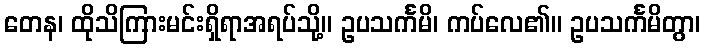
တေန၊ ထိုသိကြားမင်းရှိရာအရပ်သို့။ ဥပသင်္ကမိ၊ ကပ်လေ၏။ ဥပသင်္ကမိတွာ၊